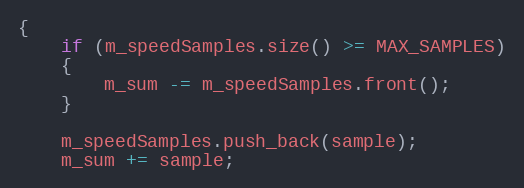
Language: C++
{
    if (m_speedSamples.size() >= MAX_SAMPLES)
    {
        m_sum -= m_speedSamples.front();
    }

    m_speedSamples.push_back(sample);
    m_sum += sample;